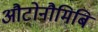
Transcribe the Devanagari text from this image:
औटोनौमिबि